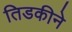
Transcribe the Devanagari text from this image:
तिडकीने